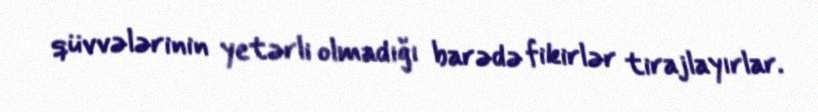
qüvvələrinin yetərli olmadığı barədə fikirlər tirajlayırlar.